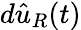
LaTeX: d{\hat{u}}_{R}(t)